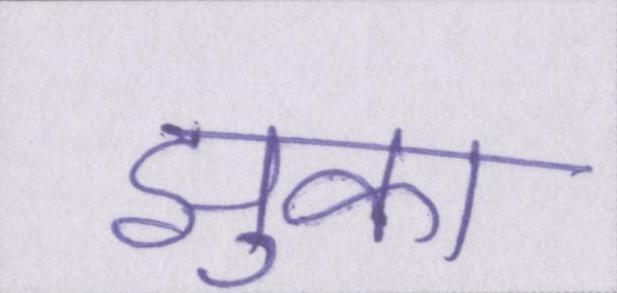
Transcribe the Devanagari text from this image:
झुका